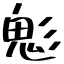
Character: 鬽